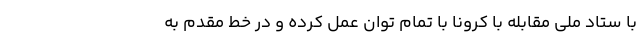
با ستاد ملی مقابله با کرونا با تمام توان عمل کرده و در خط مقدم به